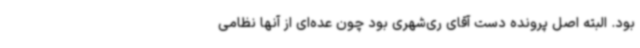
بود. البته اصل پرونده دست آقای ری‌شهری بود چون عده‌ای از آنها نظامی